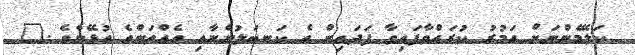
ކަލޭމެންނަށް އަމުރު ކުރައްވާފައިވާ ފަދައިން އެ ކަނބަލުންނާއި އެއްތަންވެ އުޅޭށެވެ ."